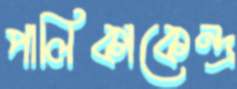
পালিকাকেন্দ্র